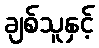
ချစ်သူနှင့်